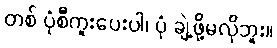
တစ် ပုံစီကူးပေးပါ၊ ပုံ ချဲ့ဖို့မလိုဘူး။